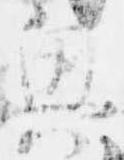
興